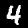
Digit: 4